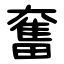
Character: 奮